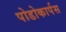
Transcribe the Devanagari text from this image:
पोडोकार्पस